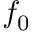
f _ { 0 }